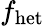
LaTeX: f_{\mathrm{het}}